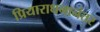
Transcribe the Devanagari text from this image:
प्रियाराधनानंतर